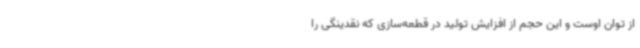
از توان اوست و این حجم از افزایش تولید در قطعه‌سازی که نقدینگی را